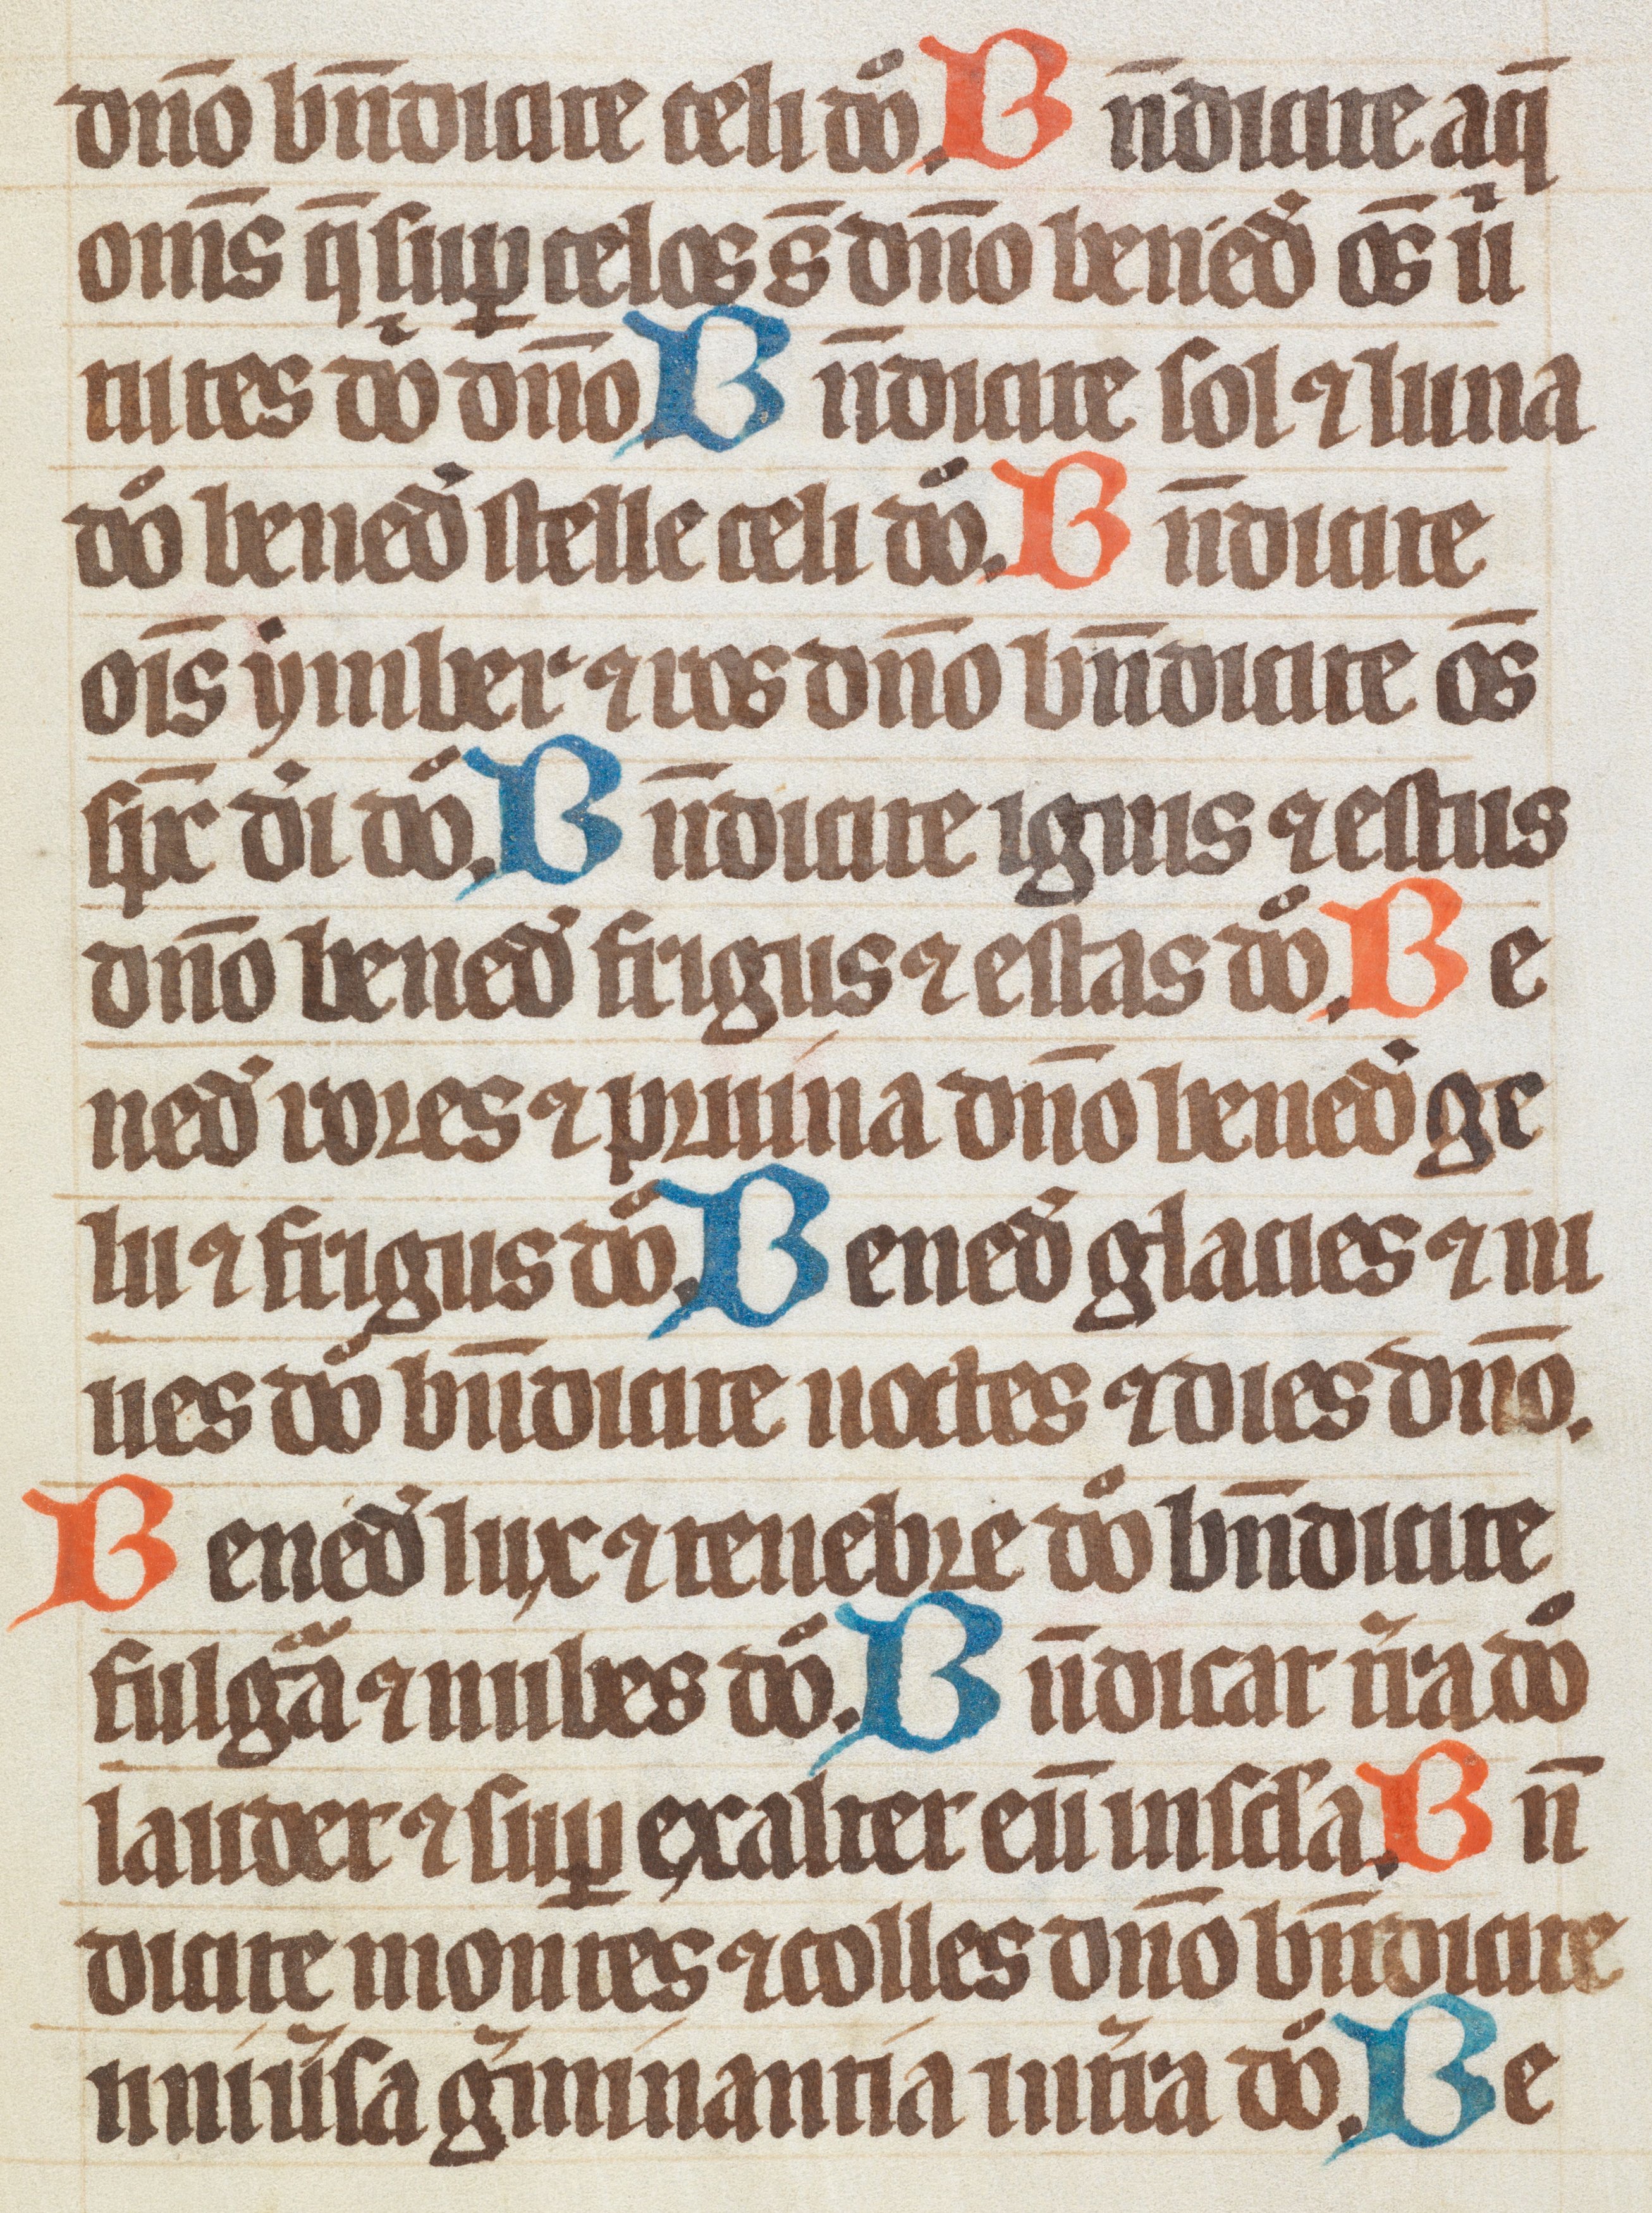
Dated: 1300–1349